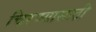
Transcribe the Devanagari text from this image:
चिरण्यासाठी